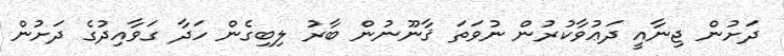
ދަށުން ޖިނާއީ ދަޢުވާކުރުން ނުވަތަ ޤާނޫނުން ބާރު ލިބިގެން ހަދާ ގަވާއިދުގެ ދަށުން